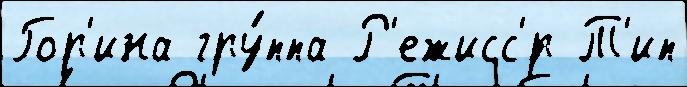
Гор'ина гру́ппа Р'ежисс'́р Т'ип